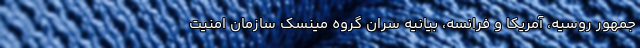
جمهور روسیه، آمریکا و فرانسه، بیانیه سران گروه مینسک سازمان امنیت